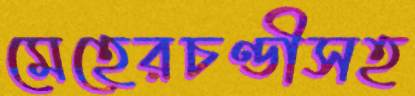
মেহেরচণ্ডীসহ